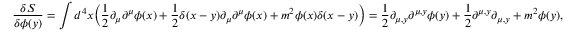
\frac { \delta S } { \delta \phi ( y ) } = \int d ^ { 4 } x \Big ( \frac { 1 } { 2 } \partial _ { \mu } \partial ^ { \mu } \phi ( x ) + \frac { 1 } { 2 } \delta ( x - y ) \partial _ { \mu } \partial ^ { \mu } \phi ( x ) + m ^ { 2 } \phi ( x ) \delta ( x - y ) \Big ) = \frac { 1 } { 2 } \partial _ { \mu , y } \partial ^ { \mu , y } \phi ( y ) + \frac { 1 } { 2 } \partial ^ { \mu , y } \partial _ { \mu , y } + m ^ { 2 } \phi ( y ) ,